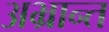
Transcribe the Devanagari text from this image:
अभ्रान्त